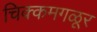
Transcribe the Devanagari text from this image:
चिक्कमगळूर